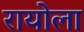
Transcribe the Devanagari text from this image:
रायोला